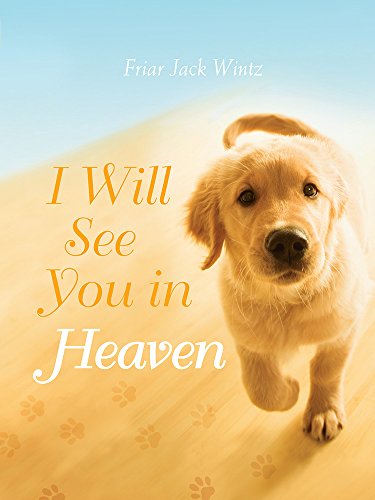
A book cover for I Will See You in Heaven; Jack Wintz; Crafts, Hobbies & Home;